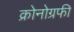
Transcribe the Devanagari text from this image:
क्रोनोग्रफी